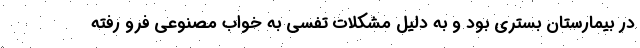
در بیمارستان بستری بود و به دلیل مشکلات تفسی به خواب مصنوعی فرو رفته